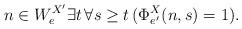
LaTeX: \begin{align*}n \in W_e^{X'} \exists t \,\forall s \geq t \, ( \Phi_{e'}^X(n, s) = 1).\end{align*}